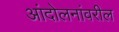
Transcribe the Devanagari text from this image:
आंदोलनांवरील